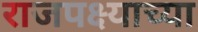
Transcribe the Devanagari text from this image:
राजपक्ष्याच्या